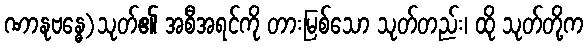
ဏာနုဗန္ဓေ)သုတ်၏ အစီအရင်ကို တားမြစ်သော သုတ်တည်း၊ ထို သုတ်တို့က